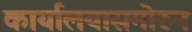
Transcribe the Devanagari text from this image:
कार्यालयासमोरुन